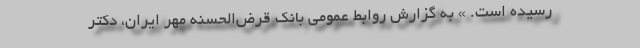
رسیده است. » به گزارش روابط عمومی بانک قرض‌الحسنه مهر ایران، دکتر